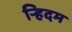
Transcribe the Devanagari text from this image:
र्‍हिदम